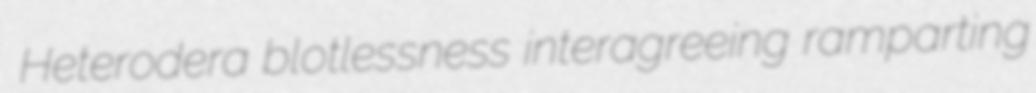
Heterodera blotlessness interagreeing ramparting